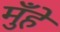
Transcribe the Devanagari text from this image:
मुँहे